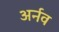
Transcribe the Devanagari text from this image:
अर्नव